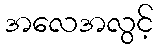
အလေအလွင့်